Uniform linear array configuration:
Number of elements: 8
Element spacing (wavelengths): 0.5
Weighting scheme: exponential
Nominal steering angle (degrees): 45
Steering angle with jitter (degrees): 46.571
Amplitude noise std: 0.05
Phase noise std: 0.05

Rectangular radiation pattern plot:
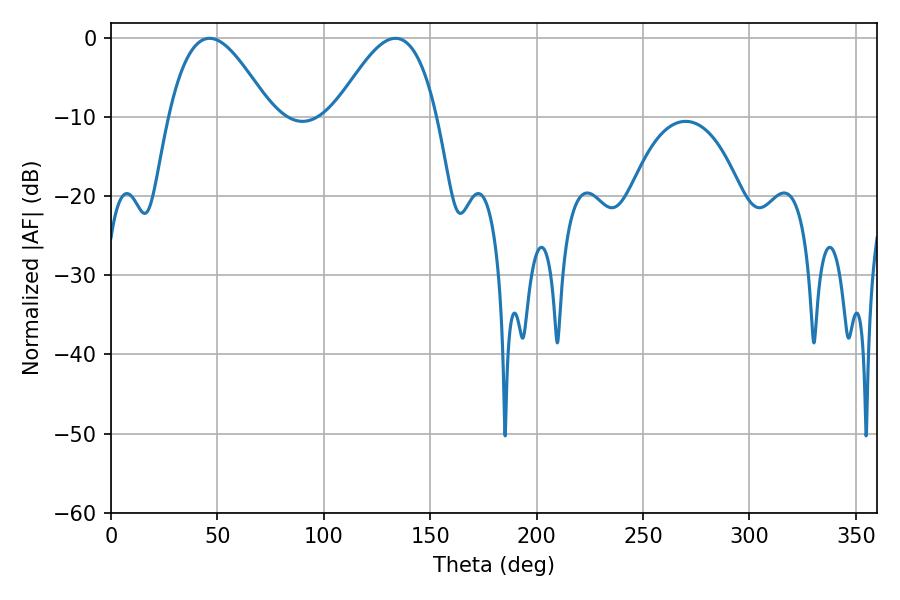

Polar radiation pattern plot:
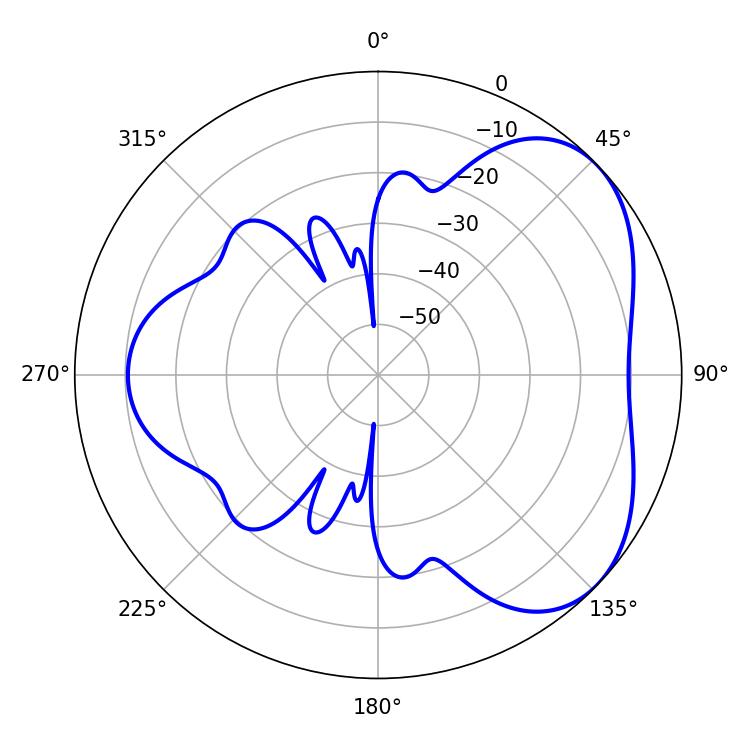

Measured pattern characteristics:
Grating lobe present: FALSE
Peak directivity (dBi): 4.451
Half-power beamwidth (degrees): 25.92
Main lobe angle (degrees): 46.26